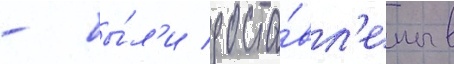
- бы́л'и доста́вл'ены в